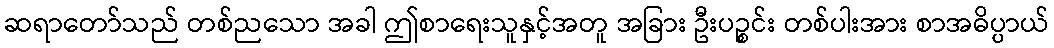
ဆရာတော်သည် တစ်ညသော အခါ ဤစာရေးသူနှင့်အတူ အခြား ဦးပဉ္စင်း တစ်ပါးအား စာအဓိပ္ပာယ်